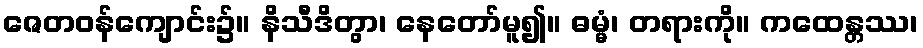
ဇေတဝန်ကျောင်း၌။ နိသီဒိတွာ၊ နေတော်မူ၍။ ဓမ္မံ၊ တရားကို။ ကထေန္တဿ၊